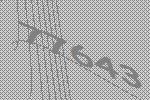
77643